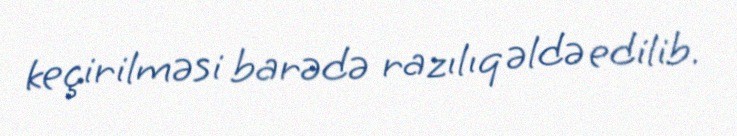
keçirilməsi barədə razılıq əldə edilib.